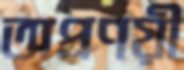
অপ্রণয়ী